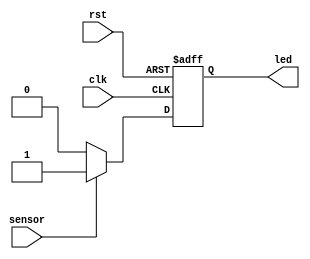
`timescale 1ns / 1ps
//////////////////////////////////////////////////////////////////////////////////
// Company: 
// Engineer: 
// 
// Design Name: 
// Module Name: ballswitch
// Project Name: 
// Target Devices: 
// Tool Versions: 
// Description: 
// 
// Dependencies: 
// 
// Revision:
// Revision 0.01 - File Created
// Additional Comments:
// 
//////////////////////////////////////////////////////////////////////////////////


module ballswitch( input wire clk , 
input wire rst , 
input wire sensor , 
output reg led );

localparam low = 1'b0;
localparam high = 1'b1;

always @ (posedge clk or posedge rst)
begin
    if(rst)
    begin
    led<=low;
    end 
else begin
    if(sensor == high)begin
    led<= high; 
    end
    else begin
    led<=low;
    end 
    end
end 
endmodule